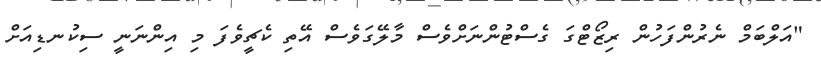
"އަލްބަމް ނެރުންފަހުން ރިޒޯޓްގަ ގެސްޓުންނަށްވެސް މާލޭގަވެސް އޭތި ކެޗީވެފަ މި އިންނަނީ ސިކުނޑިއަށް